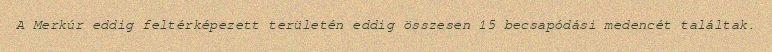
A Merkúr eddig feltérképezett területén eddig összesen 15 becsapódási medencét találtak.